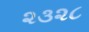
૨૩૨૮